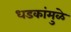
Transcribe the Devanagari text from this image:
धडकांमुळे